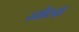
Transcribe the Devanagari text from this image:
ज़्सेस्ज़